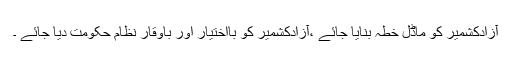
آزادکشمیر کو ماڈل خطہ بنایا جائے ،آزادکشمیر کو بااختیار اور باوقار نظام حکومت دیا جائے ۔